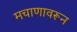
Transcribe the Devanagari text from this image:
मचाणावरून